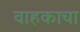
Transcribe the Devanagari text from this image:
वाहकाचा